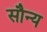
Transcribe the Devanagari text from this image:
सौन्य